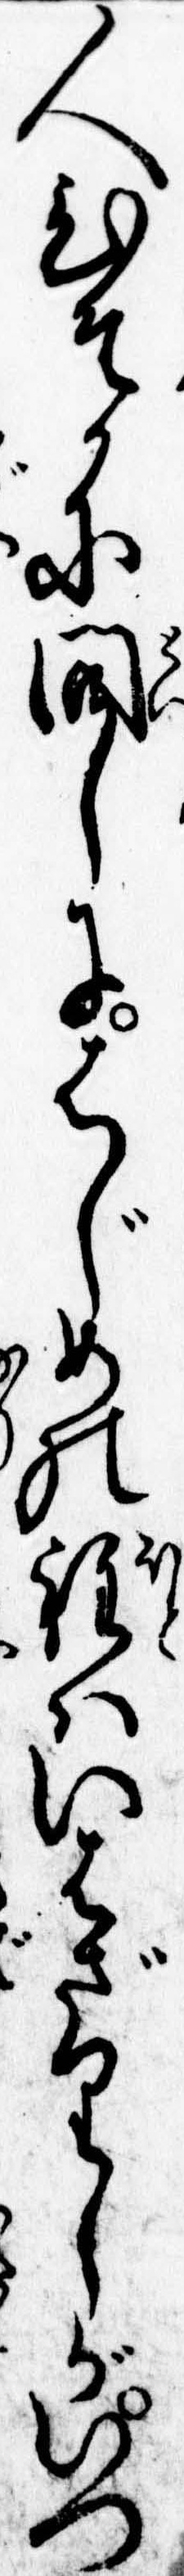
人ひそかに問しにはじめの程はいはざりしがいつ